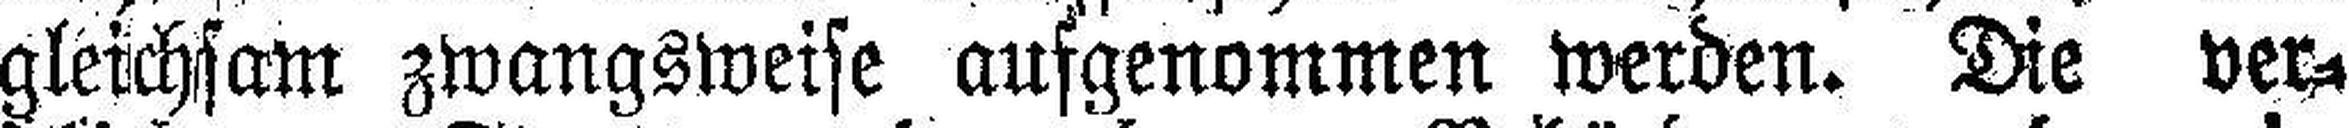
gleichsam zwangsweise aufgenommen werden. Die ver¬